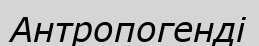
Антропогенді